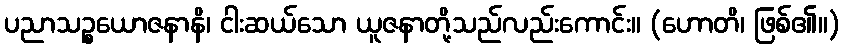
ပညာသဉ္စယောဇနာနိ၊ ငါးဆယ်သော ယူဇနာတို့သည်လည်းကောင်း။ (ဟောတိ၊ ဖြစ်၏။)